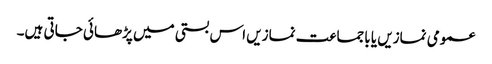
عمومی نمازیں یا باجماعت نمازیں اس بستی میں پڑھائی جاتی ہیں۔